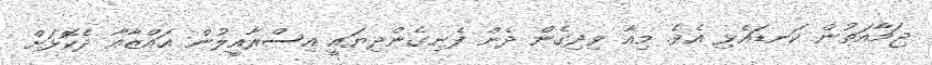
ޖަމާއަތުން ކަނޑައެޅި އެވެ. މިއާ ވިދިގެން ދެން ފެނިގެންދިޔައީ އިސްރާއީލުން ޣައްޒާއާ ދެކޮޅަށް